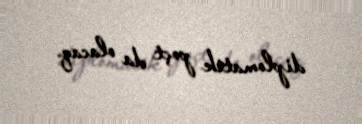
diplomatik poçt da olacaq.